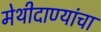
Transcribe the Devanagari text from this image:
मेथीदाण्यांचा